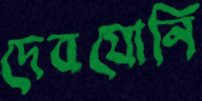
দেবযোনি